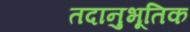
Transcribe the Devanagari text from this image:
तदानुभूतिक